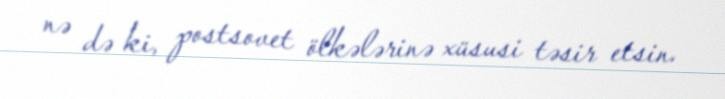
nə də ki, postsovet ölkələrinə xüsusi təsir etsin.